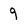
Character: 9